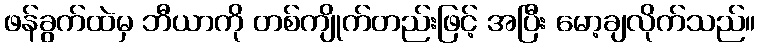
ဖန်ခွက်ထဲမှ ဘီယာကို တစ်ကျိုက်တည်းဖြင့် အပြီး မော့ချလိုက်သည်။